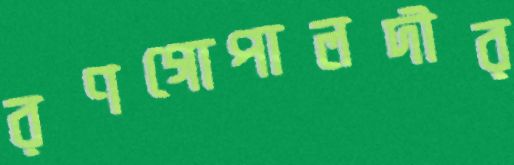
রণগোপালদীর